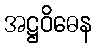
အဋ္ဌဝိဓေန